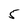
Character: 5